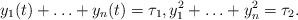
LaTeX: \begin{align*} y_1(t)+\ldots + y_n(t) = \tau_{1},y_{1}^{2} +\ldots + y_{n}^{2} = \tau_{2}.\end{align*}